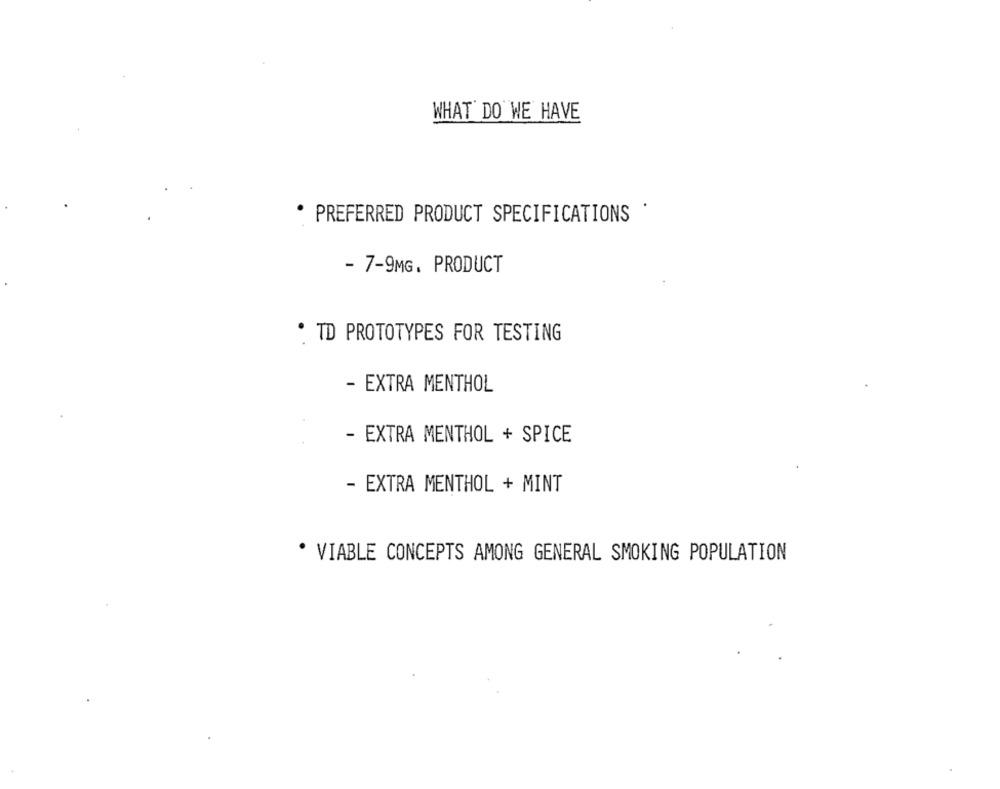
WHAT DO WE HAVE
.
PREFERRED PRODUCT SPECIFICATIONS
- 7-9MG. PRODUCT
· TD PROTOTYPES FOR TESTING
- EXTRA MENTHOL
- EXTRA MENTHOL + SPICE
- EXTRA MENTHOL + MINT
· VIABLE CONCEPTS AMONG GENERAL SMOKING POPULATION